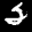
Label: 2